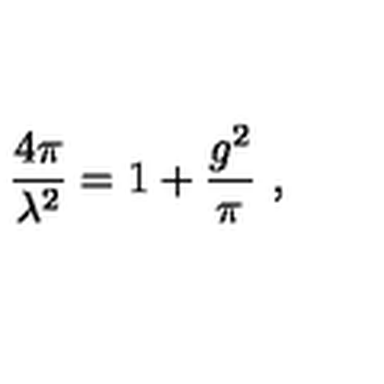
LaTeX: \frac { 4 \pi } { \lambda ^ { 2 } } = 1 + \frac { g ^ { 2 } } { \pi } \ ,